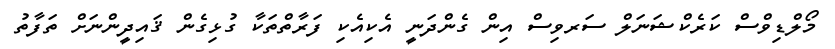
މޯލްޑިވްސް ކަރެކްޝަނަލް ސަރވިސް އިން ގެންދަނީ އެކިއެކި ފަރާތްތަކާ ގުޅިގެން ޤައިދީންނަށް ތަފާތު